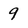
Character: 9